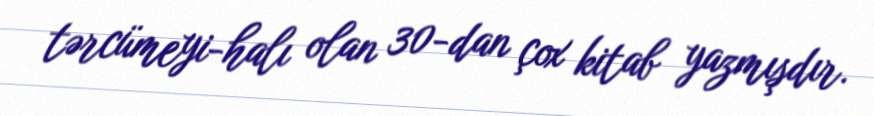
tərcümeyi-halı olan 30-dan çox kitab yazmışdır.